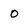
Character: O